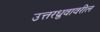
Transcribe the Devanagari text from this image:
उत्तरध्रुवावरील